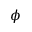
\phi